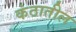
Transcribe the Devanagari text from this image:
कंठातील